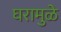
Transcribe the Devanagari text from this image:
घरामुळे